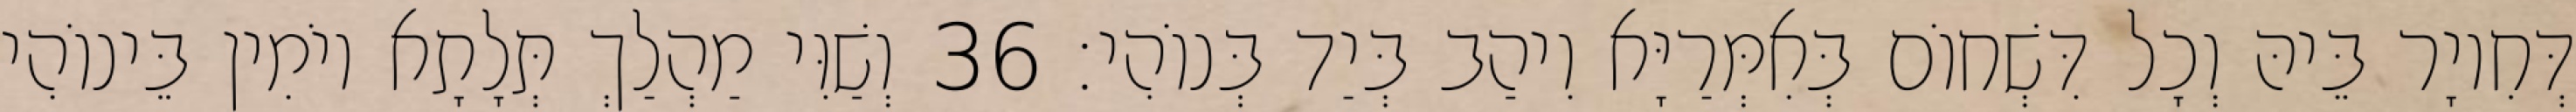
דְּחִיוָר בֵּיהּ וְכָל דִּשְׁחוֹם בְּאִמְּרַיָּא וִיהַב בְּיַד בְּנוֹהִי׃ 36 וְשַׁוִּי מַהְלַךְ תְּלָתָא יוֹמִין בֵּינוֹהִי